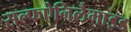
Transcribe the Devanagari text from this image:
सल्फऐनिलैमाइड